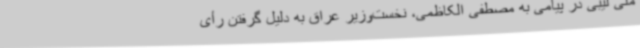
ملی لیبی در پیامی به مصطفی الکاظمی، نخست‌وزیر عراق به دلیل گرفتن رأی